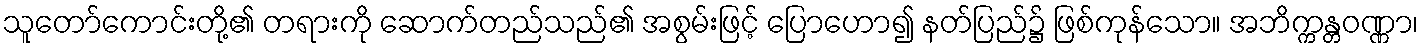
သူတော်ကောင်းတို့၏ တရားကို ဆောက်တည်သည်၏ အစွမ်းဖြင့် ပြောဟော၍ နတ်ပြည်၌ ဖြစ်ကုန်သော။ အဘိက္ကန္တဝဏ္ဏာ၊